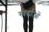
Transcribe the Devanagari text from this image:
स्पर्द्धाओं